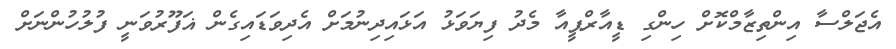
އެޖަލްސާ އިންތިޒާމްކޮށް ހިންގި ޑީއާރްޕީއާ މެދު ފިޔަވަޅު އަޅައިދިނުމަށް އެދިވަޑައިގެން ޣަފޫރުވަނީ ފުލުހުންނަށް